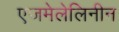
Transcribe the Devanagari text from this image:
एजमेलेलिनीन